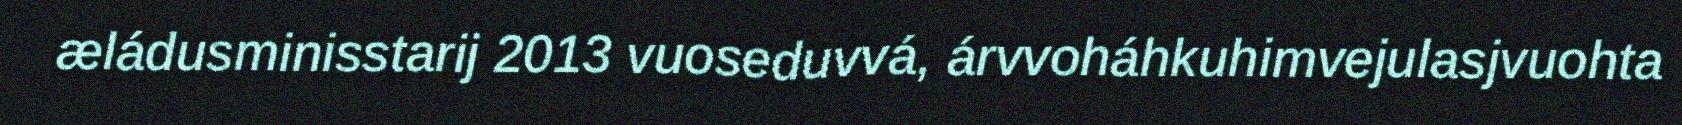
æládusminisstarij 2013 vuoseduvvá, árvvoháhkuhimvejulasjvuohta